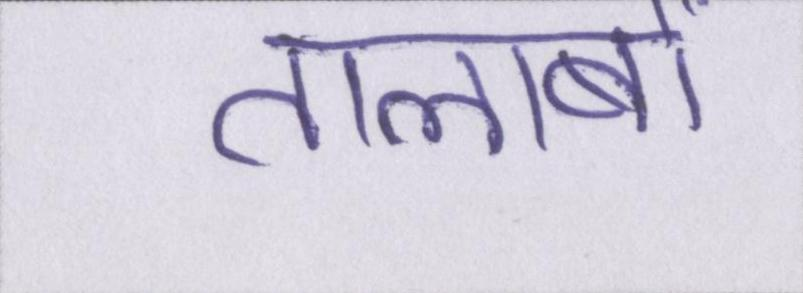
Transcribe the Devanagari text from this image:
तालाबों